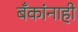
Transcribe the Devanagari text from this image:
बँकांनाही